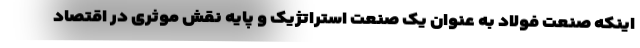
اینکه صنعت فولاد به عنوان یک صنعت استراتژیک و پایه نقش موثری در اقتصاد